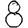
Digit: 8